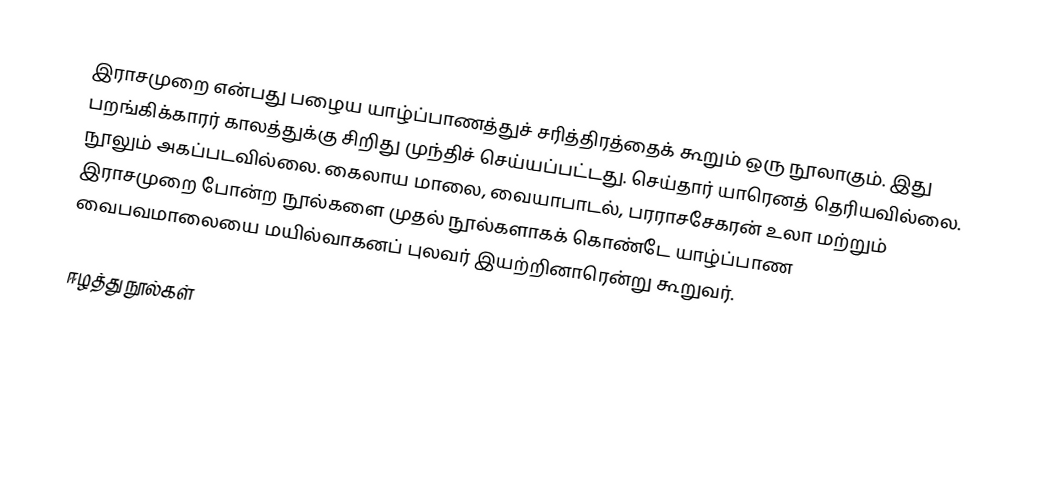
இராசமுறை என்பது பழைய யாழ்ப்பாணத்துச் சரித்திரத்தைக் கூறும் ஒரு நூலாகும். இது பறங்கிக்காரர் காலத்துக்கு சிறிது முந்திச் செய்யப்பட்டது. செய்தார் யாரெனத் தெரியவில்லை. நூலும் அகப்படவில்லை. கைலாய மாலை, வையாபாடல், பரராசசேகரன் உலா மற்றும் இராசமுறை போன்ற நூல்களை முதல் நூல்களாகக் கொண்டே யாழ்ப்பாண வைபவமாலையை மயில்வாகனப் புலவர் இயற்றினாரென்று கூறுவர்.

ஈழத்து நூல்கள்